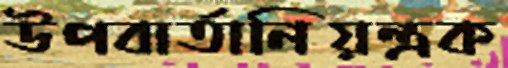
উপবার্তানিয়ন্ত্রক